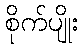
စိုက်ပျိုး